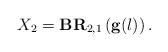
LaTeX: \begin{align*}X_2=\textbf{BR}_{2,1}\left(\textbf{g}(l)\right).\end{align*}